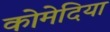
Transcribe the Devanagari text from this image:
कोमेदिया